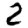
Digit: 2